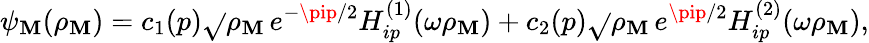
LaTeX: \psi_{\mathbf{M}}(\rho_{\mathbf{M}})=c_{1}(p)\sqrt{}{{\rho_{\mathbf{M}}}}\, e^{-\pip/2}H_{ip}^{(1)}(\omega\rho_{\mathbf{M}})+c_{2}(p)\sqrt{}{{\rho_{\mathbf{M}}}}\, e^{\pip/2}H_{ip}^{(2)}(\omega\rho_{\mathbf{M}}),